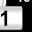
Digit: 1